Madras plague regulations in force outside the Presidency town - Volume 2
Disease focus: Plague
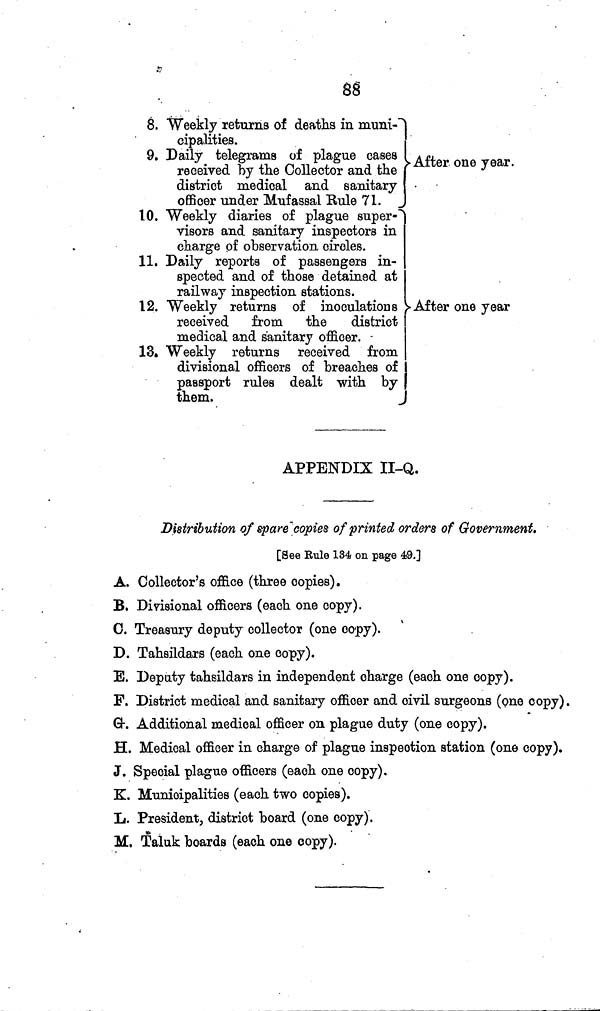
88
8. Weekly returns of deaths in muni
cipalities.
9. Daily telegrams of plague cases
received by the Collector and the
district medical and sanitary
officer under Mufassal Rule 71.
10. Weekly diaries of plague super
visors and sanitary inspectors in
charge of observation circles.
11. Daily reports of passengers in-
spected and of those detained at
railway inspection stations.
12. Weekly returns of inoculations
received
from
the
district
medical and sanitary officer.
13. Weekly returns received from
divisional officers of breaches of
passport rules dealt with by
them.
After one year.
After one year
APPENDIX II-Q.
Distribution of spare copies of printed orders of Government.
[See Rule 184 on page 49.]
A. Collector's office (three copies).
B. Divisional officers (each one copy).
C. Treasury deputy collector (one copy).
D. Tahsildars (each one copy).
E. Deputy tahsildars in independent charge (each one copy).
F. District medical and sanitary officer and civil surgeons (one copy).
G. Additional medical officer on plague duty (one copy).
H. Medical officer in charge of plague inspection station (one copy).
J. Special plague officers (each one copy).
K. Municipalities (each two copies).
L. President, district board (one copy).
M. Taluk boards (each one copy).